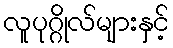
လူပုဂ္ဂိုလ်များနှင့်